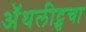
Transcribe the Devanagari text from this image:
ॲथलीट्सचा